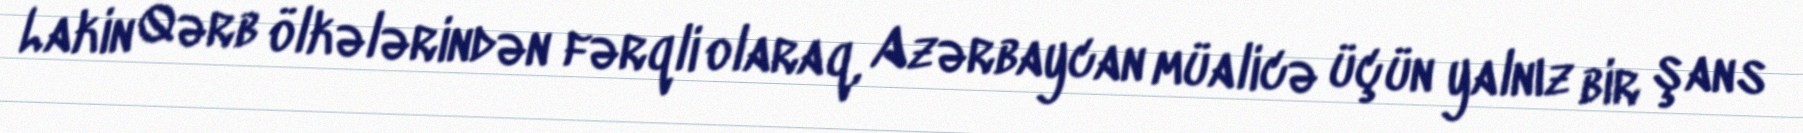
Lakin Qərb ölkələrindən fərqli olaraq, Azərbaycan müalicə üçün yalnız bir şans